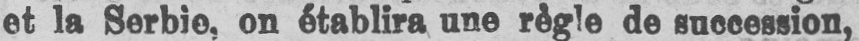
et la Serbie, on établira une règle de succession,